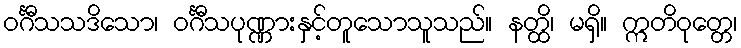
ဝင်္ဂီသသဒိသော၊ ဝင်္ဂီသပုဏ္ဏားနှင့်တူသောသူသည်။ နတ္ထိ၊ မရှိ။ ဣတိဝုတ္တေ၊